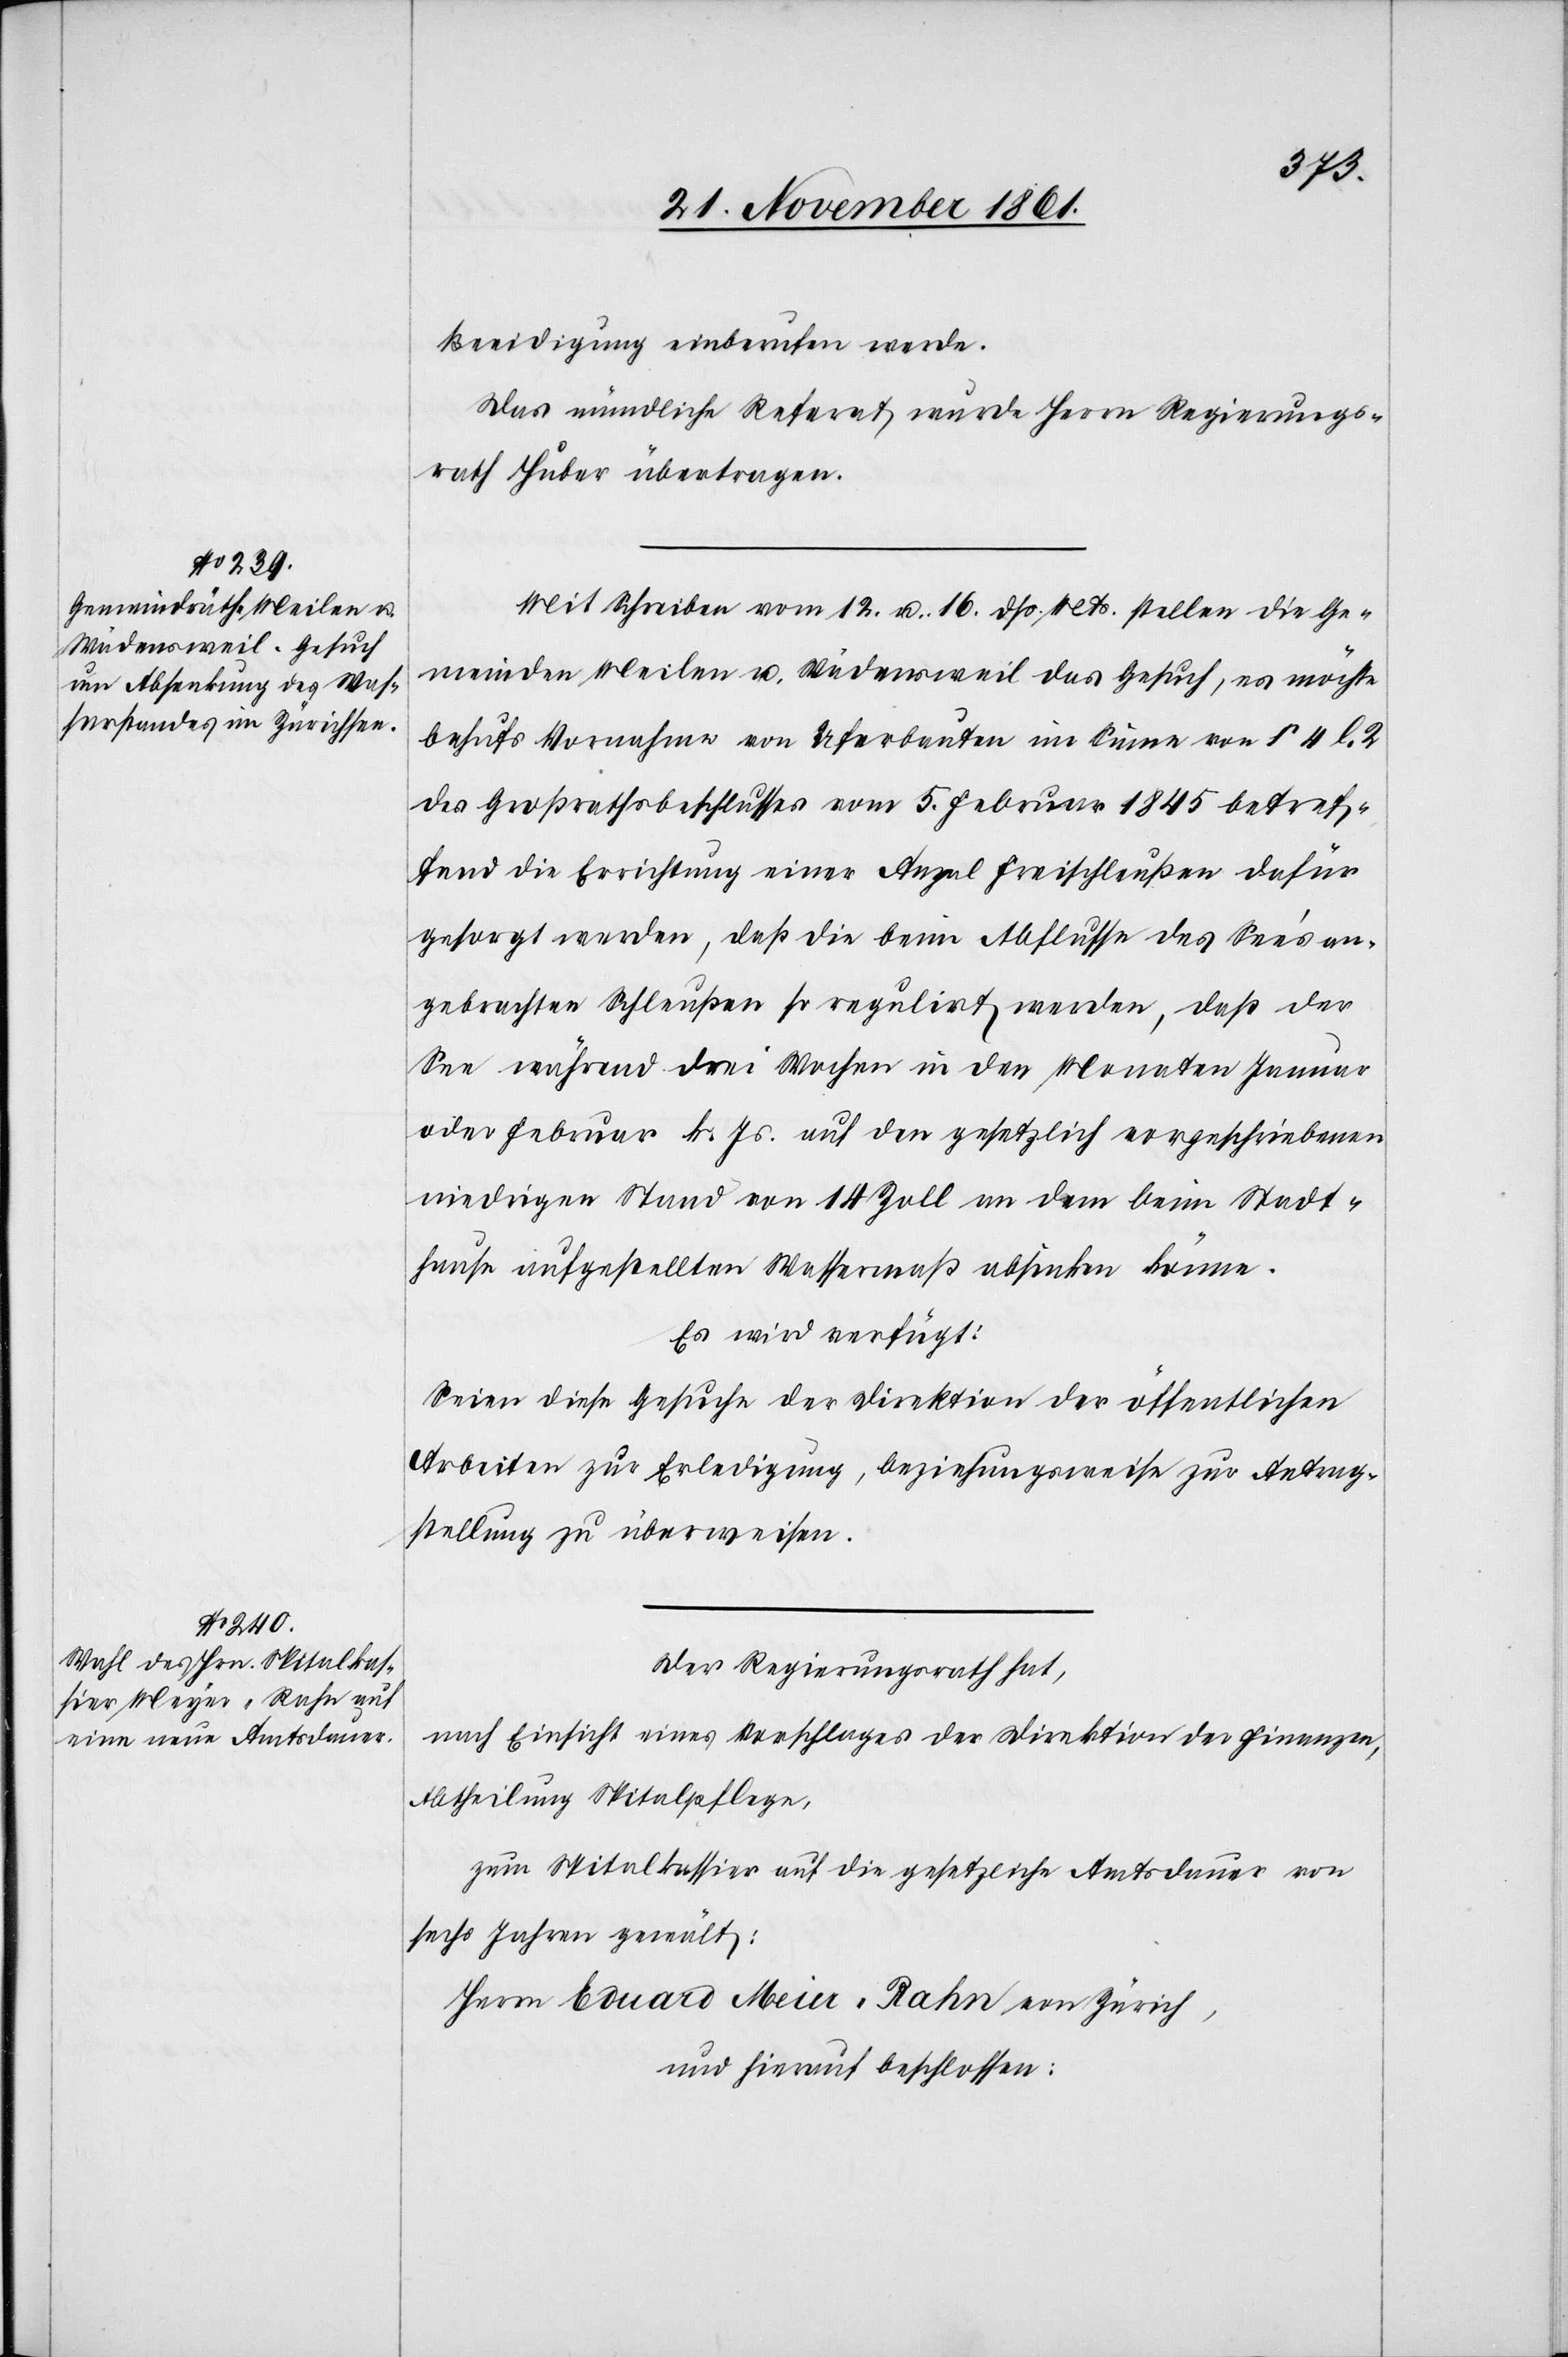
Beeidigung einberufen werde.
Das mündliche Referat wurde Herrn Regierungs¬
rath Huber übertragen.
Mit Schreiben vom 12. u. 16 dß. Mts. stellen die Ge¬
meinden Meilen u. Wädensweil das Gesuch, es möchte
behufs Vornahme von Uferbauten im Sinne von § 4 l. 2
des Großrathsbeschlusses vom 5 Februar 1845 betref¬
fend die Errichtung einer Anzal Freischleußen dafür
gesorgt werden, daß die beim Abflusse des See’s an¬
gebrachten Schleußen so regulirt werden, daß der
See während drei Wochen in den Monaten Januar
oder Februar l. Js. auf den gesetzlich vorgeschriebenen
niedrigen Stand von 14 Zoll an dem beim Stadt¬
hause aufgestellten Wassermaß absinken könne.
Es wird verfügt:
Seien diese Gesuche der Direktion der öffentlichen
Arbeiten zur Erledigung, beziehungsweise zur Antrag¬
stellung zu überweisen.
Der Regierungsrath hat,
nach Einsicht eines Vorschlages der Direktion der Finanzen,
Abtheilung Spitalpflege,
zum Spitalkassier auf die gesetzliche Amtsdauer von
sechs Jahren gewält:
Herrn Eduard Meier-Rahn von Zürich,
und hierauf beschlossen: